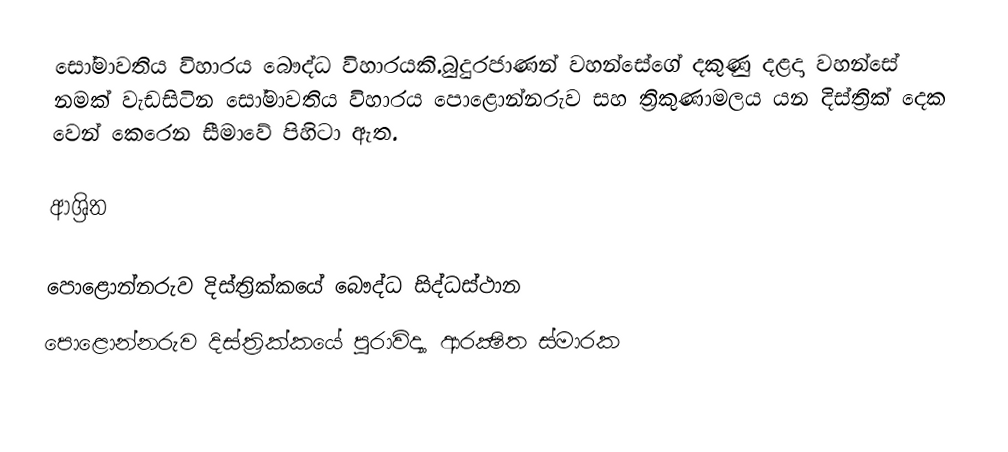
සෝමාවතිය විහාරය  බෞද්ධ විහාරයකි.බුදුරජාණන් වහන්සේගේ දකුණු දළදා වහන්සේ නමක් වැඩසිටින සෝමාවතිය විහාරය පොළොන්නරුව සහ ත්‍රිකුණාමලය යන දිස්ත්‍රික් දෙක වෙන් කෙරෙන සීමාවේ පිහිටා ඇත.

ආශ්‍රිත

පොළොන්නරුව දිස්ත්‍රික්කයේ බෞද්ධ සිද්ධස්ථාන‎
පොළොන්නරුව දිස්ත්‍රික්කයේ පුරාවිද්‍යා ආරක්‍ෂිත ස්මාරක‎